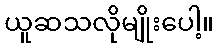
ယူဆသလိုမျိုးပေါ့။